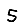
Digit: 5